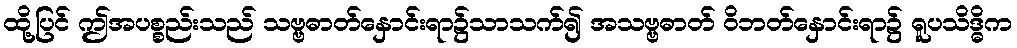
ထို့ပြင် ဤအပစ္စည်းသည် သဗ္ဗဓာတ်နှောင်းရာ၌သာသက်၍ အသဗ္ဗဓာတ် ဝိဘတ်နှောင်းရာ၌ ရူပသိဒ္ဓိက